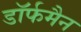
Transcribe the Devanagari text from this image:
डॉर्फमैन